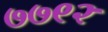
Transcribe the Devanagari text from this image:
७७९२